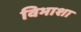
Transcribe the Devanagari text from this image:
विभाशा